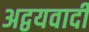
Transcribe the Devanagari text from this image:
अद्वयवादी